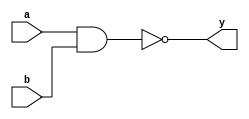
module dnand(
    input a,
    input b,
    output y
    );
	 assign y=~(a&b);


endmodule